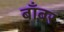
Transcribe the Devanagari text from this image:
बाँबर